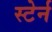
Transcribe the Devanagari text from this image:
स्टेर्न